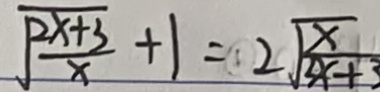
\sqrt { \frac { 2 x + 3 } { x } + 1 } = 2 \sqrt { \frac { x } { 2 x + 3 } }